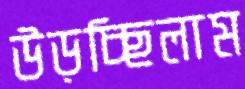
উড়চ্ছিলাম